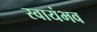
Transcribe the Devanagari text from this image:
स्वायंभव